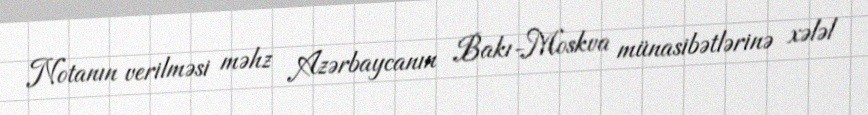
Notanın verilməsi məhz Azərbaycanın Bakı-Moskva münasibətlərinə xələl